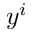
y ^ { i }